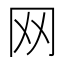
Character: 网